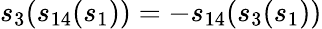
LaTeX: s_{3}(s_{14}(s_{1}))=-s_{14}(s_{3}(s_{1}))